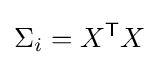
\Sigma _{i}=X^{\mathsf {T}}X